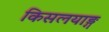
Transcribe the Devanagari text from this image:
किसलयाङ्ग